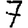
Digit: 7